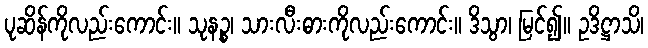
ပုဆိန်ကိုလည်းကောင်း။ သုနဉ္စ၊ သားလီးဓားကိုလည်းကောင်း။ ဒိသွာ၊ မြင်၍။ ဥဒိဋ္ဌာသိ၊